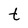
Character: t